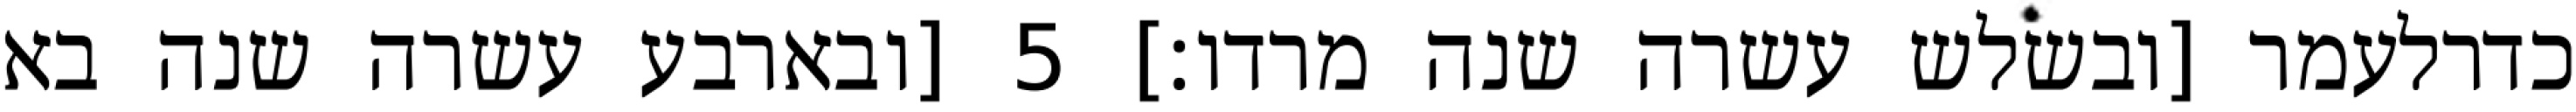
כדרלעמר [ובשלש עשרה שנה מרדו׃] ‎5‏ [ובארבע עשרה שנה בא